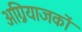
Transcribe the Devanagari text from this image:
अग्नियाजकों